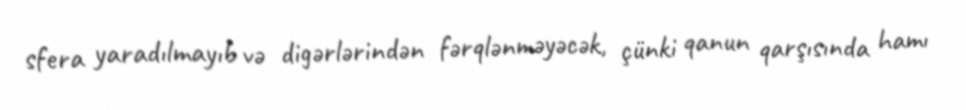
sfera yaradılmayıb və digərlərindən fərqlənməyəcək, çünki qanun qarşısında hamı